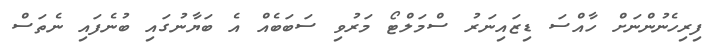
ފިރިހެނުންނަށް ހާއްސަ ޑިޒައިނަރު ސްމަލްޓޯ މަރުވި ސަބަބެއް އެ ބަޔާނުގައި ބުނެފައި ނެތަސް